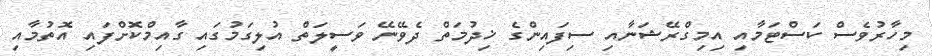
މިހާރުވެސް ކަސްޓަމާއި އިމިގްރޭޝަނާއި ސިފައިންގެ ޚިދުމަތް ދެވޭނޭ ވަސީލަތް އުލިގަމުގައި ގާއިމްކޮށްފައި އޮތުމާއި